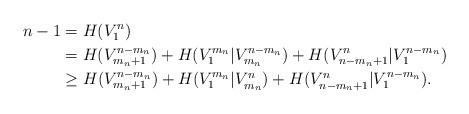
LaTeX: \begin{align*}n-1 & =H(V_{1}^{n}) \\ & =H(V_{m_{n}+1}^{n-m_{n}})+H(V_{1}^{m_{n}}|V_{m_{n}}^{n-m_{n}})+H(V_{n-m_{n}+1}^{n}|V_{1}^{n-m_{n}}) \\ & \geq H(V_{m_{n}+1}^{n-m_{n}})+H(V_{1}^{m_{n}}|V_{m_{n}}^{n})+H(V_{n-m_{n}+1}^{n}|V_{1}^{n-m_{n}}).\end{align*}